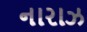
નારાઝ